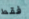
فقط